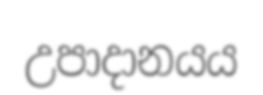
උපාදානයය